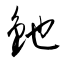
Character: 釶